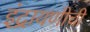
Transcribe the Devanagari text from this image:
इंद्रायणीची